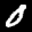
Label: 0